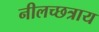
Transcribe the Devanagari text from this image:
नीलच्छत्राय